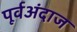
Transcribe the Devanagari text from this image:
पूर्वअंदाज